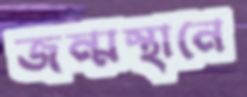
জন্মস্থানে